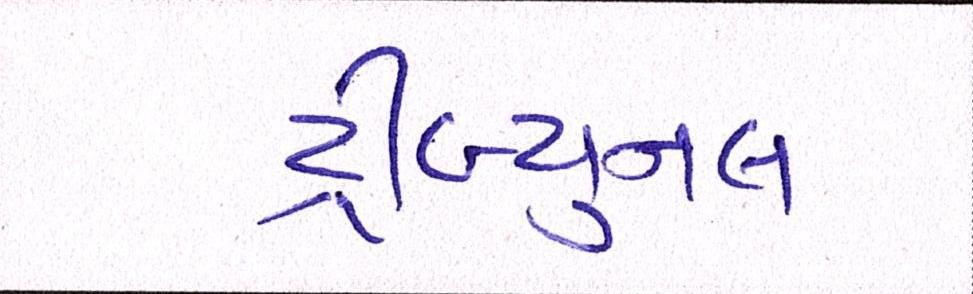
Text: ટ્રીબ્યુનલ